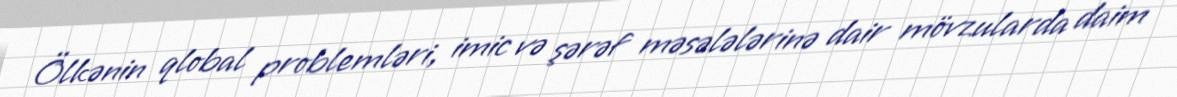
Ölkənin qlobal problemləri, imic və şərəf məsələlərinə dair mövzularda daim